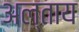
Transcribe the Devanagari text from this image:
अल्ताय